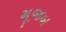
મૂજબ